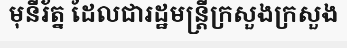
មុនីរ័ត្ន ដែលជារដ្ឋមន្ត្រីក្រសួងក្រសួង